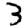
Digit: 3